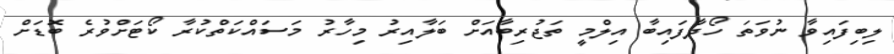
ލިބިފައިވާ ނުވަތަ ހޯދާފައިބާ އިލްމީ ތަޖުރިބާއަށް ބަލާއިރު މިހާރު މަސައްކަތްކުރާ ކޯޓަށްވުރެ ބޮޑަށް